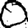
Digit: 0